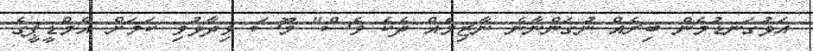
އަޅުގަނޑުމެން ބިރެއް ނުގަންނާނެ ނާޒިމެއް ދެކެ ވެސް" މޫސަ ވިދާޅުވި ކަމަށް އެމްޑީޕީގެ